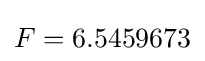
F=6.5459673